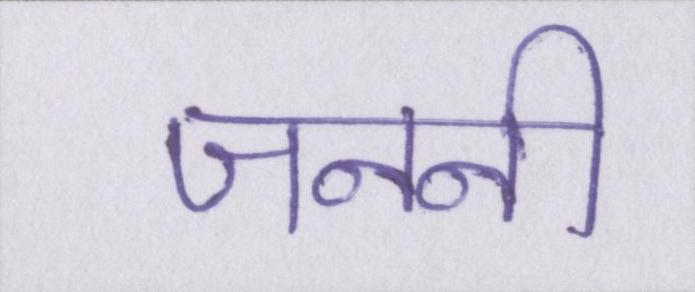
जननी